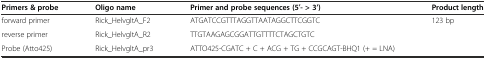
<table><thead><tr><td><b>Primers &amp; probe</b></td><td><b>Oligo name</b></td><td><b>Primer and probe sequences (5′- &gt; 3’)</b></td><td><b>Product length</b></td></tr></thead><tbody><tr><td>forward primer</td><td>Rick_HelvgltA_F2</td><td>ATGATCCGTTTAGGTTAATAGGCTTCGGTC</td><td rowspan="3">123 bp</td></tr><tr><td>reverse primer</td><td>Rick_HelvgltA_R2</td><td>TTGTAAGAGCGGATTGTTTTCTAGCTGTC</td></tr><tr><td>Probe (Atto425)</td><td>Rick_HelvgltA_pr3</td><td>ATTO425-CGATC + C + ACG + TG + CCGCAGT-BHQ1 (+ = LNA)</td></tr></tbody></table>